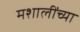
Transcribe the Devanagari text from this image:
मशालींच्या